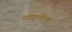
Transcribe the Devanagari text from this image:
नगरलोक